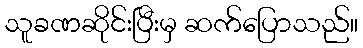
သူခဏဆိုင်းပြီးမှ ဆက်ပြောသည်။